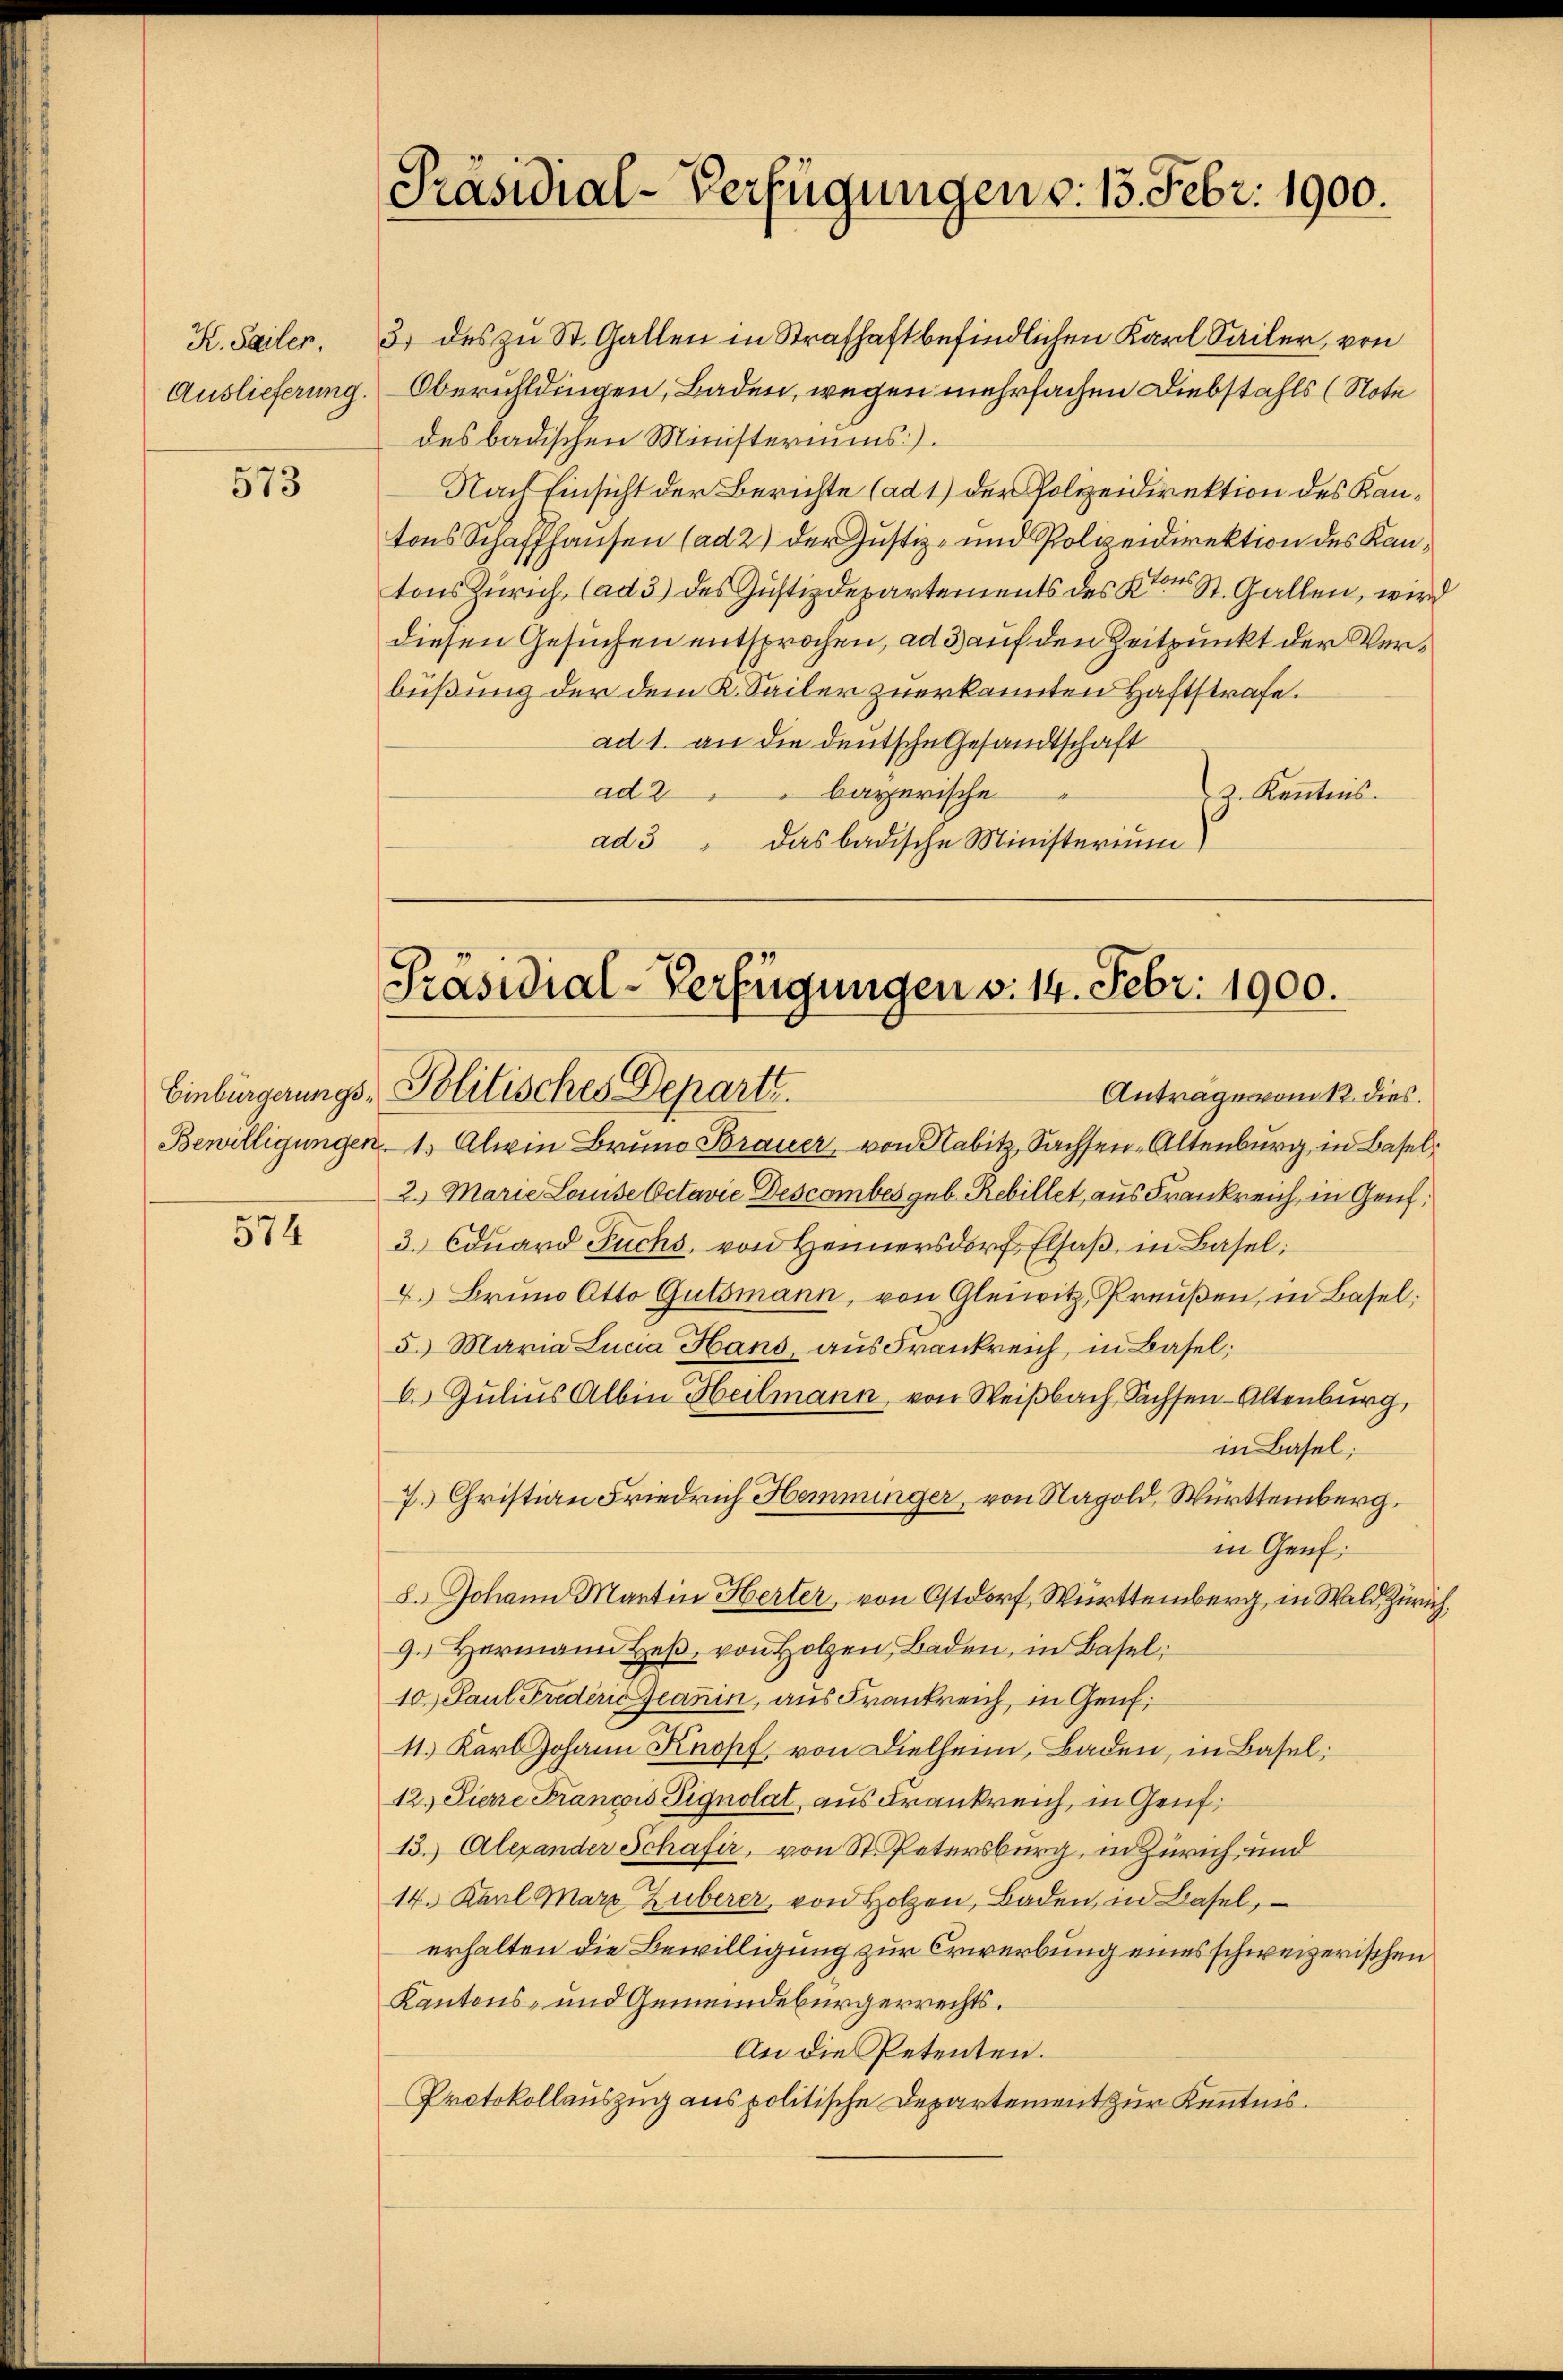
K. Sailer,
Auslieferung.

573

574

3) des zu St. Gallen in Strafhaft befindlichen Karl Sailer, von
Oberuhldingen, Baden, wegen mehrfachen Diebstahls (Note
des badischen Ministeriums).
Nach Einsicht der Berichte (ad 1) der Polizeidirektion des Kantons Schaffhausen (ad 2) der Justiz- und Polizeidirektion des Kantons Zürich, (ad 3) des Justizdepartements des Kt. St. Gallen, wird
diesen Gesuchen entsprochen, ad 3 auf den Zeitpunkt der Verbüßung der dem K. Sailer zuerkannten Haftstrafe.
ad 1. an die deutsche Gesandtschaft
ad 2 bayerische
2. Kenntnis
ad 3 das badische Ministerium)

Präsidial-Verfügungen v. 13. Febr. 1900.

Präsidial-Verfügungen v. 14. Febr. 1900.
Einbürgerungs-Politisches Departe.
Antrage vom 12. dies

Bewilligungen 1. Alein Bruno Brauer, von Nabitz Sachsen-Altenburg in Basel¬
2. Marie Louise Octavie Descomber geb. Rebillet, aus Frankreich in Genf,
3. Edŭard Fuchs, von Heimersdorf Elsaβ in Basel;
4. Bruno Otto Gutsmann, von Gleiwitz, Preußen, in Basel:
5. Maria Lucia Hans aus Frankreich, in Basel;
6. Julius Albin Heilmann, von Weißbach, Sachsen-Altenburg,
in Basel;
7. Christian Friedrich Hemminger, von Napold, Württemberg,
in Genf;
S. Johann Martin Herter, von Ostdorf, Württemberg, in Wald, Zürich,
9.) Hermann Heβ, von Holzen, Baden, in Basel:
10. Paul Frieder Jeanin, aus Frankreich, in Genf,
11. Karl Johann Knopf von Dielheim, Baden, in Basel;
12.) Pierre Francois Pignolat aus Frankreich, in Genf
13. Alexander Schafir, von St. Petersburg, in Zürich, und
14. Karl Marz Zuberer, von Holzen, Baden, in Basel,
erhalten die Bewilligung zur Erwerbung eines schweizerischen
Kantons- und Gemeindebürgerrechts.
An die Petenten.
Protokollauszug aus politische Departement zur Kenntnis.